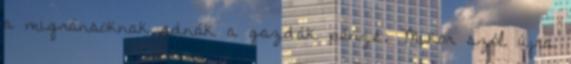
a migránsoknak adnák a gazdák pénzé. Mikor szól újra